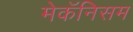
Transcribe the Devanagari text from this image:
मेकॅनिसम